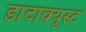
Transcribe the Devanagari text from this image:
डाटाक्यूस्ट